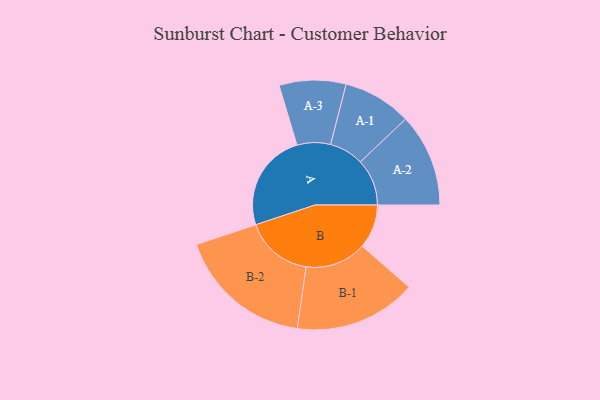
{"axis": {"x": "Segment", "y": "Value"}, "legend": ["", "A", "B"], "data": [{"x": "A", "y": 415, "type": ""}, {"x": "B", "y": 186, "type": ""}, {"x": "A-1", "y": 145, "type": "A"}, {"x": "A-2", "y": 197, "type": "A"}, {"x": "A-3", "y": 141, "type": "A"}, {"x": "B-1", "y": 258, "type": "B"}, {"x": "B-2", "y": 287, "type": "B"}]}